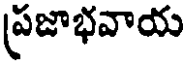
ప్రజాభవాయ